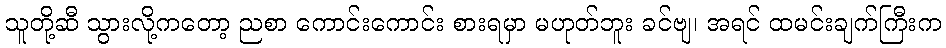
သူတို့ဆီ သွားလို့ကတော့ ညစာ ကောင်းကောင်း စားရမှာ မဟုတ်ဘူး ခင်ဗျ၊ အရင် ထမင်းချက်ကြီးက